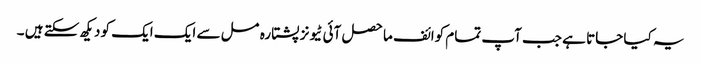
یہ کیا جاتا ہے جب آپ تمام کوائف ماحصل آئی ٹیونز پشتارہ مسل سے ایک ایک کو دیکھ سکتے ہیں ۔